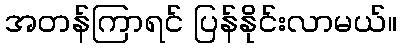
အတန်ကြာရင် ပြန်နိုင်းလာမယ်။